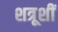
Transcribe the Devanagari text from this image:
शत्रूशीं